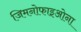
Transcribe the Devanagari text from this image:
जिमनोफाइओना